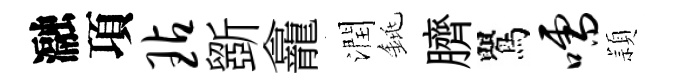
瀜項玷斵龕潤銚臍鸎嚅頴